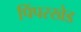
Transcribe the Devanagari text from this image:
पिंपरखेड